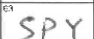
Transcription: SPY